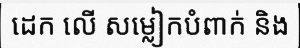
ដេក លើ សម្លៀកបំពាក់ និង